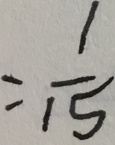
= \frac { 1 } { 1 5 }